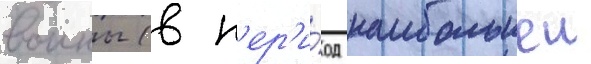
воины (в п'ер'и́од наибольшеи